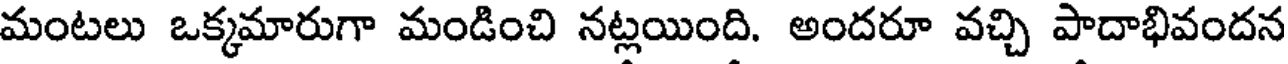
మంటలు ఒక్కమారుగా మండించి నట్లయింది. అందరూ వచ్చి పాదాభివందన